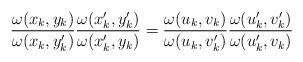
LaTeX: \begin{align*} \frac{\omega(x_k,y_k)}{\omega(x_k,y'_k)}\frac{\omega(x'_k,y'_k)}{\omega(x'_k,y_k)} = \frac{\omega(u_k,v_k)}{\omega(u_k,v'_k)}\frac{\omega(u'_k,v'_k)}{\omega(u'_k,v_k)} \end{align*}